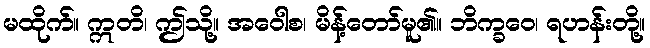
မထိုက်။ ဣတိ၊ ဤသို့။ အဝေါစ၊ မိန့်တော်မူ၏။ ဘိက္ခဝေ၊ ရဟန်းတို့။